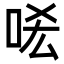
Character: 㖁